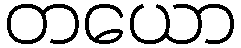
တယော